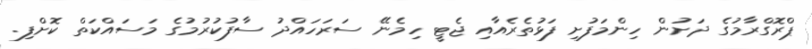
ޕްރޮގްރާމުގެ ދަށުން ހިންމަފުށި ފަޅުތެރެއާއި ޖެޓީ ހިމެނޭ ސަރަހައްދު ސާފުކުރުމުގެ މަސައްކަތް ކޮށްފި.